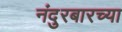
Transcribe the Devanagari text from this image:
नंदुरबारच्या